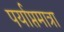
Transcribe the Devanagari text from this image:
पर्याप्तमात्रा